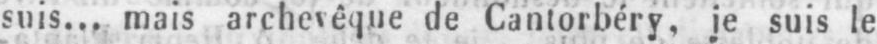
suis... mais archevêque de Cantorbéry, je suis le